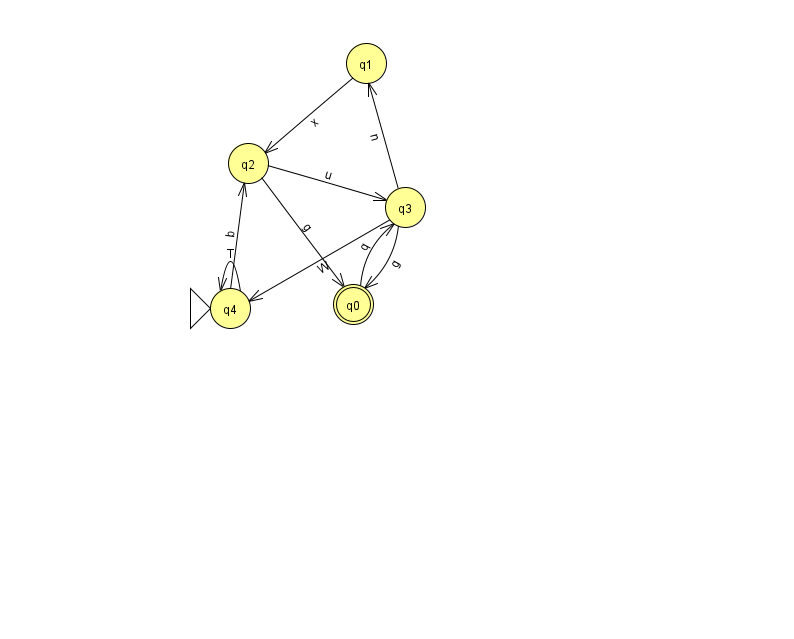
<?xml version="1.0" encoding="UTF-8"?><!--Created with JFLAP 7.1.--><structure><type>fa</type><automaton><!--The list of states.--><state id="0" name="q0"><x>353.0</x><y>291.0</y><final/></state><state id="1" name="q1"><x>366.0</x><y>50.0</y></state><state id="2" name="q2"><x>248.0</x><y>150.0</y></state><state id="3" name="q3"><x>405.0</x><y>194.0</y></state><state id="4" name="q4"><x>230.0</x><y>295.0</y><initial/></state><!--The list of transitions.--><transition><from>4</from><to>2</to><read>b</read></transition><transition><from>3</from><to>4</to><read>W</read></transition><transition><from>2</from><to>3</to><read>u</read></transition><transition><from>3</from><to>0</to><read>g</read></transition><transition><from>4</from><to>4</to><read>T</read></transition><transition><from>0</from><to>3</to><read>q</read></transition><transition><from>2</from><to>0</to><read>g</read></transition><transition><from>1</from><to>2</to><read>x</read></transition><transition><from>3</from><to>1</to><read>n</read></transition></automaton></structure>